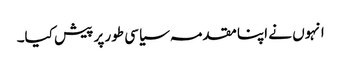
انہوں نے اپنا مقدمہ سیاسی طور پر پیش کیا۔